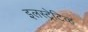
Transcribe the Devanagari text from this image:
इलस्ट्रेटिव्ह